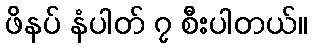
ဖိနပ် နံပါတ် ၇ စီးပါတယ်။